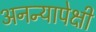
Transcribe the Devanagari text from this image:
अनन्यापेक्षी